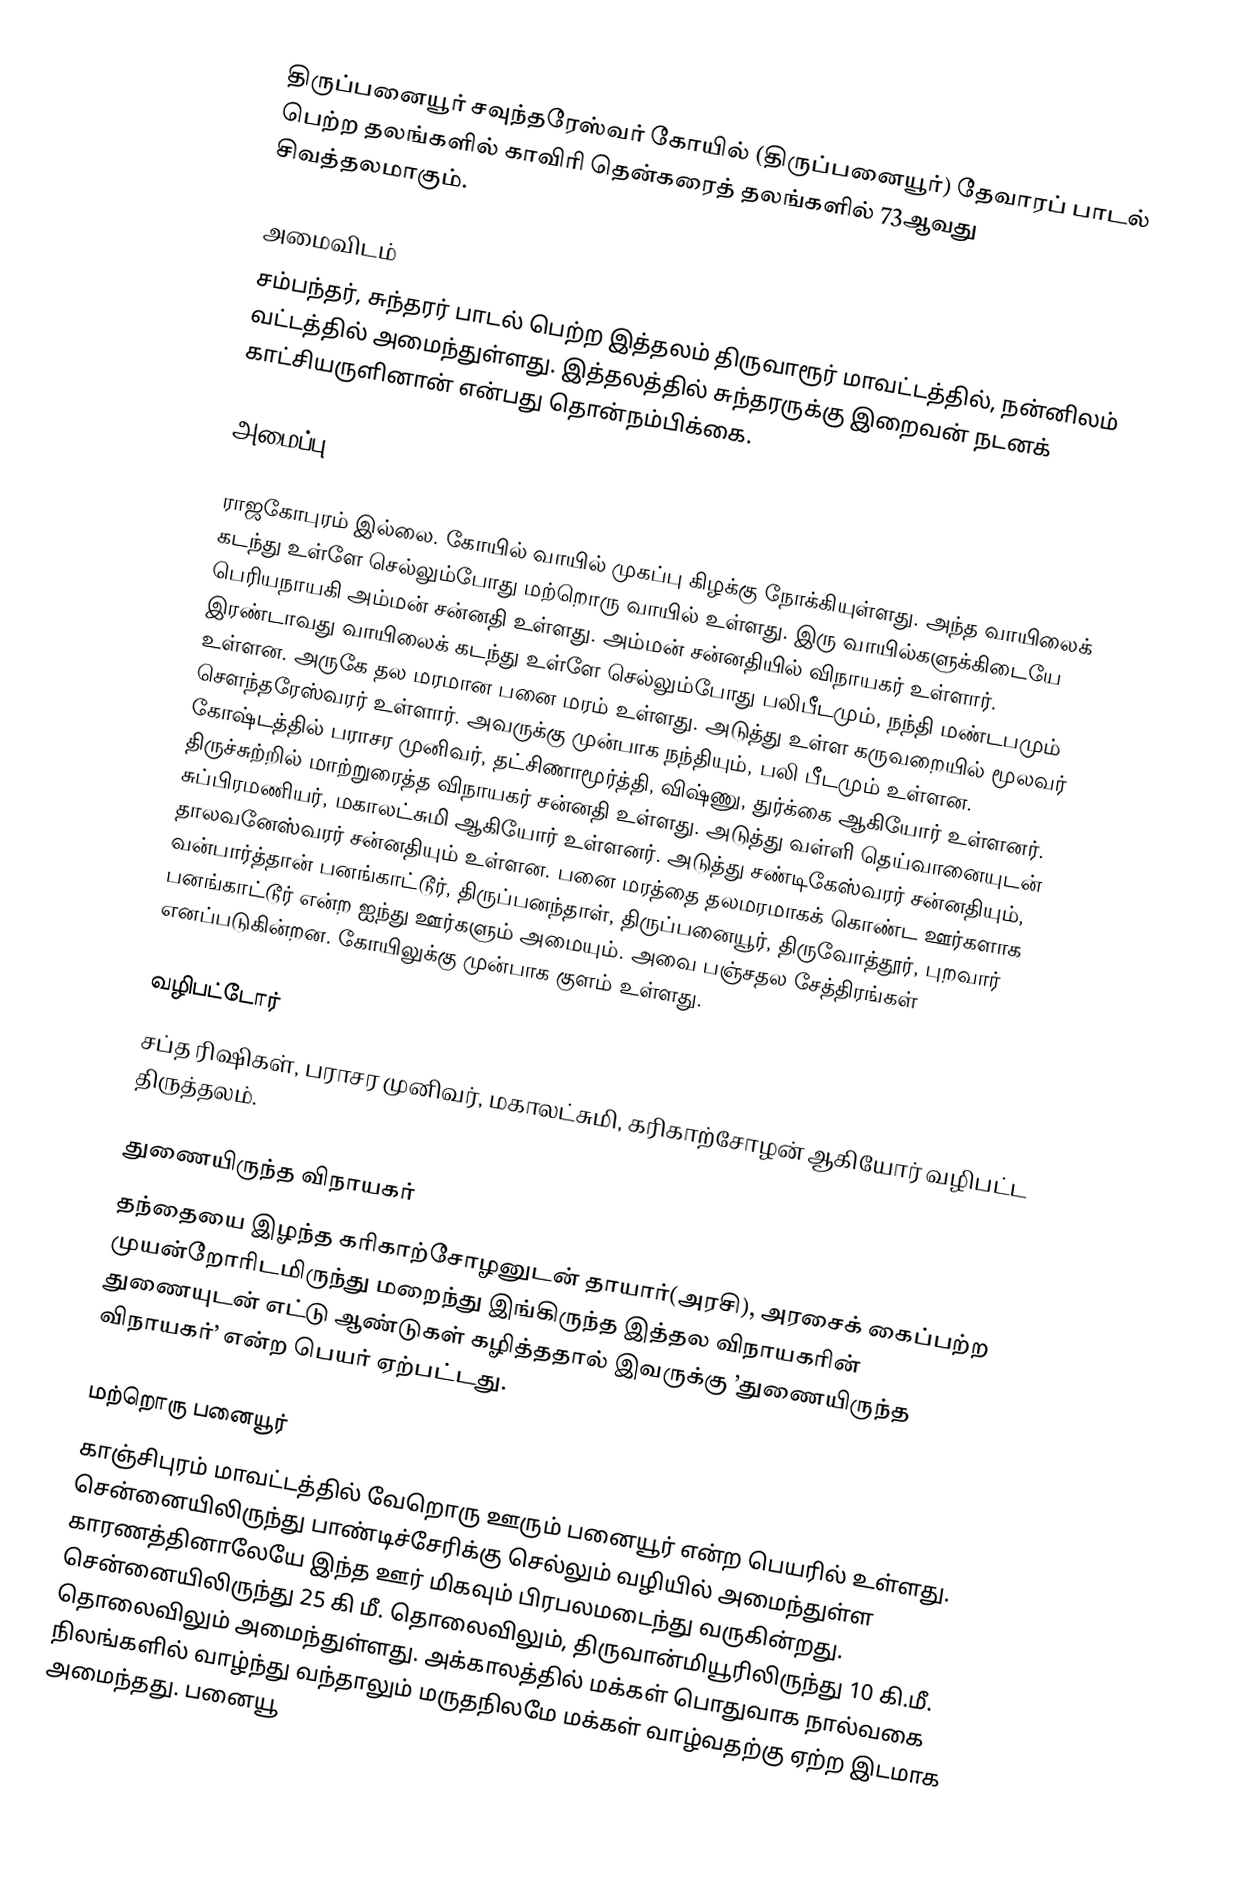
திருப்பனையூர் சவுந்தரேஸ்வர் கோயில் (திருப்பனையூர்) தேவாரப் பாடல் பெற்ற தலங்களில் காவிரி தென்கரைத் தலங்களில் 73ஆவது சிவத்தலமாகும்.

அமைவிடம்
சம்பந்தர், சுந்தரர் பாடல் பெற்ற இத்தலம் திருவாரூர் மாவட்டத்தில், நன்னிலம் வட்டத்தில் அமைந்துள்ளது. இத்தலத்தில் சுந்தரருக்கு இறைவன் நடனக் காட்சியருளினான் என்பது தொன்நம்பிக்கை.

அமைப்பு

ராஜகோபுரம் இல்லை. கோயில் வாயில் முகப்பு கிழக்கு நோக்கியுள்ளது. அந்த வாயிலைக் கடந்து உள்ளே செல்லும்போது மற்றொரு வாயில் உள்ளது. இரு வாயில்களுக்கிடையே பெரியநாயகி அம்மன் சன்னதி உள்ளது. அம்மன் சன்னதியில் விநாயகர் உள்ளார்.  இரண்டாவது வாயிலைக் கடந்து உள்ளே செல்லும்போது பலிபீடமும், நந்தி மண்டபமும் உள்ளன.  அருகே தல மரமான பனை மரம் உள்ளது. அடுத்து உள்ள கருவறையில் மூலவர் சௌந்தரேஸ்வரர் உள்ளார். அவருக்கு முன்பாக நந்தியும், பலி பீடமும் உள்ளன. கோஷ்டத்தில் பராசர முனிவர், தட்சிணாமூர்த்தி, விஷ்ணு, துர்க்கை ஆகியோர் உள்ளனர். திருச்சுற்றில் மாற்றுரைத்த விநாயகர் சன்னதி உள்ளது. அடுத்து வள்ளி தெய்வானையுடன் சுப்பிரமணியர், மகாலட்சுமி ஆகியோர் உள்ளனர். அடுத்து சண்டிகேஸ்வரர் சன்னதியும், தாலவனேஸ்வரர் சன்னதியும் உள்ளன.  பனை மரத்தை தலமரமாகக் கொண்ட ஊர்களாக வன்பார்த்தான் பனங்காட்டூர், திருப்பனந்தாள், திருப்பனையூர், திருவோத்தூர், புறவார் பனங்காட்டூர் என்ற ஐந்து ஊர்களும் அமையும். அவை பஞ்சதல சேத்திரங்கள் எனப்படுகின்றன. கோயிலுக்கு முன்பாக குளம் உள்ளது.

வழிபட்டோர்
சப்த ரிஷிகள், பராசர முனிவர், மகாலட்சுமி, கரிகாற்சோழன் ஆகியோர் வழிபட்ட திருத்தலம்.

துணையிருந்த விநாயகர்
தந்தையை இழந்த கரிகாற்சோழனுடன் தாயார்(அரசி), அரசைக் கைப்பற்ற முயன்றோரிடமிருந்து மறைந்து இங்கிருந்த இத்தல விநாயகரின் துணையுடன் எட்டு ஆண்டுகள் கழித்ததால் இவருக்கு ’துணையிருந்த விநாயகர்’ என்ற பெயர் ஏற்பட்டது.

மற்றொரு பனையூர்
காஞ்சிபுரம் மாவட்டத்தில் வேறொரு ஊரும் பனையூர் என்ற பெயரில் உள்ளது.  சென்னையிலிருந்து பாண்டிச்சேரிக்கு செல்லும் வழியில் அமைந்துள்ள காரணத்தினாலேயே இந்த ஊர் மிகவும் பிரபலமடைந்து வருகின்றது. சென்னையிலிருந்து 25 கி மீ. தொலைவிலும், திருவான்மியூரிலிருந்து 10 கி.மீ. தொலைவிலும் அமைந்துள்ளது. அக்காலத்தில் மக்கள் பொதுவாக நால்வகை நிலங்களில் வாழ்ந்து வந்தாலும் மருதநிலமே மக்கள் வாழ்வதற்கு ஏற்ற இடமாக அமைந்தது. பனையூ